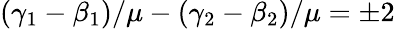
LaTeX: (\gamma_{1}-\beta_{1})/\mu-(\gamma_{2}-\beta_{2})/\mu=\pm 2